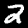
Label: 2